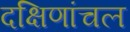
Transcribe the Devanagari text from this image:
दक्षिणांचल